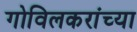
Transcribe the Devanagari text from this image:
गोविलकरांच्या